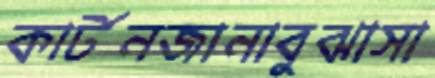
কার্টনজানাবুঝাসা